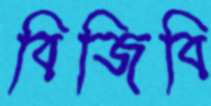
বিজিবি